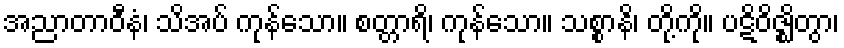
အညာတာဝီနံ၊ သိအပ် ကုန်သော။ စတ္တာရိ၊ ကုန်သော။ သစ္စာနိ၊ တို့ကို။ ပဋိဝိဇ္ဈိတွာ၊